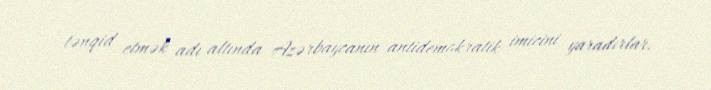
tənqid etmək adı altında Azərbaycanın antidemokratik imicini yaradırlar.